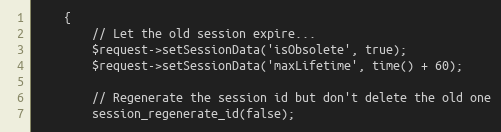
Language: PHP
    {
        // Let the old session expire...
        $request->setSessionData('isObsolete', true);
        $request->setSessionData('maxLifetime', time() + 60);

        // Regenerate the session id but don't delete the old one
        session_regenerate_id(false);